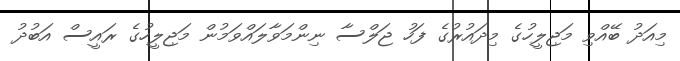
މިއަދު ބޭއްވި މަޖިލީހުގެ މިދައުރުގެ ފަހު ޖަލްސާ ނިންމަވާލައްވަމުން މަޖިލީހުގެ ރައީސް އަބުދު